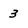
Character: 3